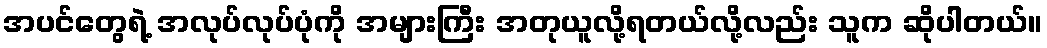
အပင်တွေရဲ့ အလုပ်လုပ်ပုံကို အများကြီး အတုယူလို့ရတယ်လို့လည်း သူက ဆိုပါတယ်။